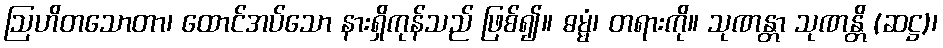
ဩဟိတသောတာ၊ ထောင်အပ်သော နားရှိကုန်သည် ဖြစ်၍။ ဓမ္မံ၊ တရားကို။ သုဏန္တာ သုဏန္တိ (ဆဋ္ဌ)၊